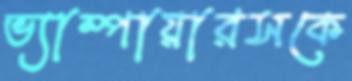
ভ্যাম্পায়ারসকে